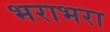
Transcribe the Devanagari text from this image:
भराभरा